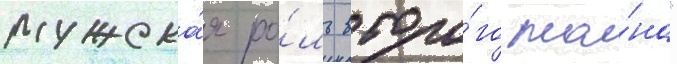
мужска́я ро́ль второ́го пла́на"